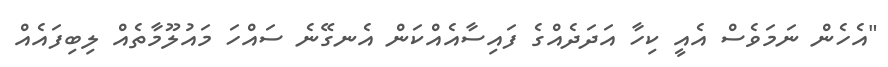
"އެހެން ނަމަވެސް އެއީ ކިހާ އަދަދެއްގެ ފައިސާއެއްކަން އެނގޭނެ ސައްހަ މައުލޫމާތެއް ލިބިފައެއް